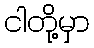
ငါတို့မှာ